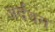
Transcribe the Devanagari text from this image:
अर्दवन